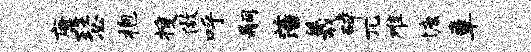
康瑟抱搜做呼嗣藩羲碎兀难慷章